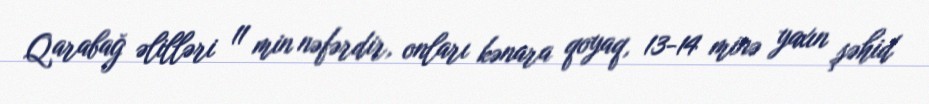
Qarabağ əlilləri 11 min nəfərdir, onları kənara qoyaq, 13-14 minə yaxın şəhid